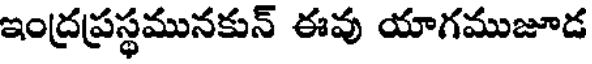
ఇంద్రప్రస్థమునకున్ ఈవు యాగముజూడ